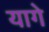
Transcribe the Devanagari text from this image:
यागे